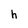
Character: h